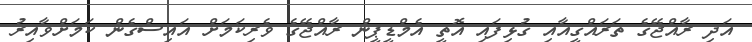
އަދި ރާއްޖޭގެ ތަރައްގީއާއި ގުޅިފައި އޮތީ އެމްޑީޕީން ރާއްޖޭގެ ވެރިކަމަށް އައިސްގެން ކަމަށްވާއިރު